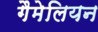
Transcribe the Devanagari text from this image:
गैमेलियन